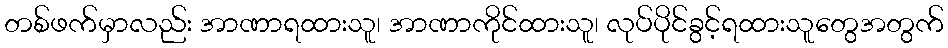
တစ်ဖက်မှာလည်း အာဏာရထားသူ၊ အာဏာကိုင်ထားသူ၊ လုပ်ပိုင်ခွင့်ရထားသူတွေအတွက်